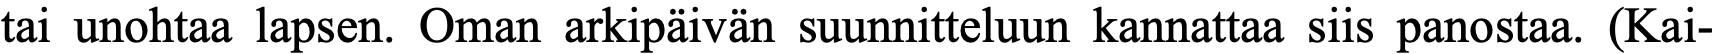
tai unohtaa lapsen. Oman arkipäivän suunnitteluun kannattaa siis panostaa. (Kai-